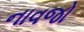
નાવજો